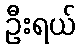
ဦးရယ်